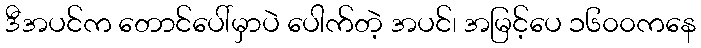
ဒီအပင်က တောင်ပေါ်မှာပဲ ပေါက်တဲ့ အပင်၊ အမြင့်ပေ ၁၆၀၀ကနေ